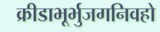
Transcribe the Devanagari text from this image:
क्रीडाभूर्भुजगनिवहो